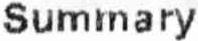
SUMMARY